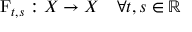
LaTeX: \operatorname { F } _ { t , s } : X \rightarrow X \quad \forall t , s \in \mathbb { R }